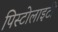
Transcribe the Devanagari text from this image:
पिस्टोलाइटी